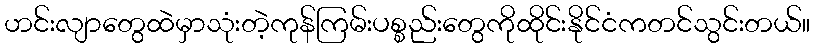
ဟင်းလျာတွေထဲမှာသုံးတဲ့ကုန်ကြမ်းပစ္စည်းတွေကိုထိုင်းနိုင်ငံကတင်သွင်းတယ်။